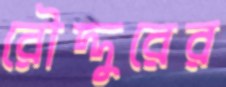
রৌদ্দুরের